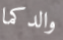
والدكما